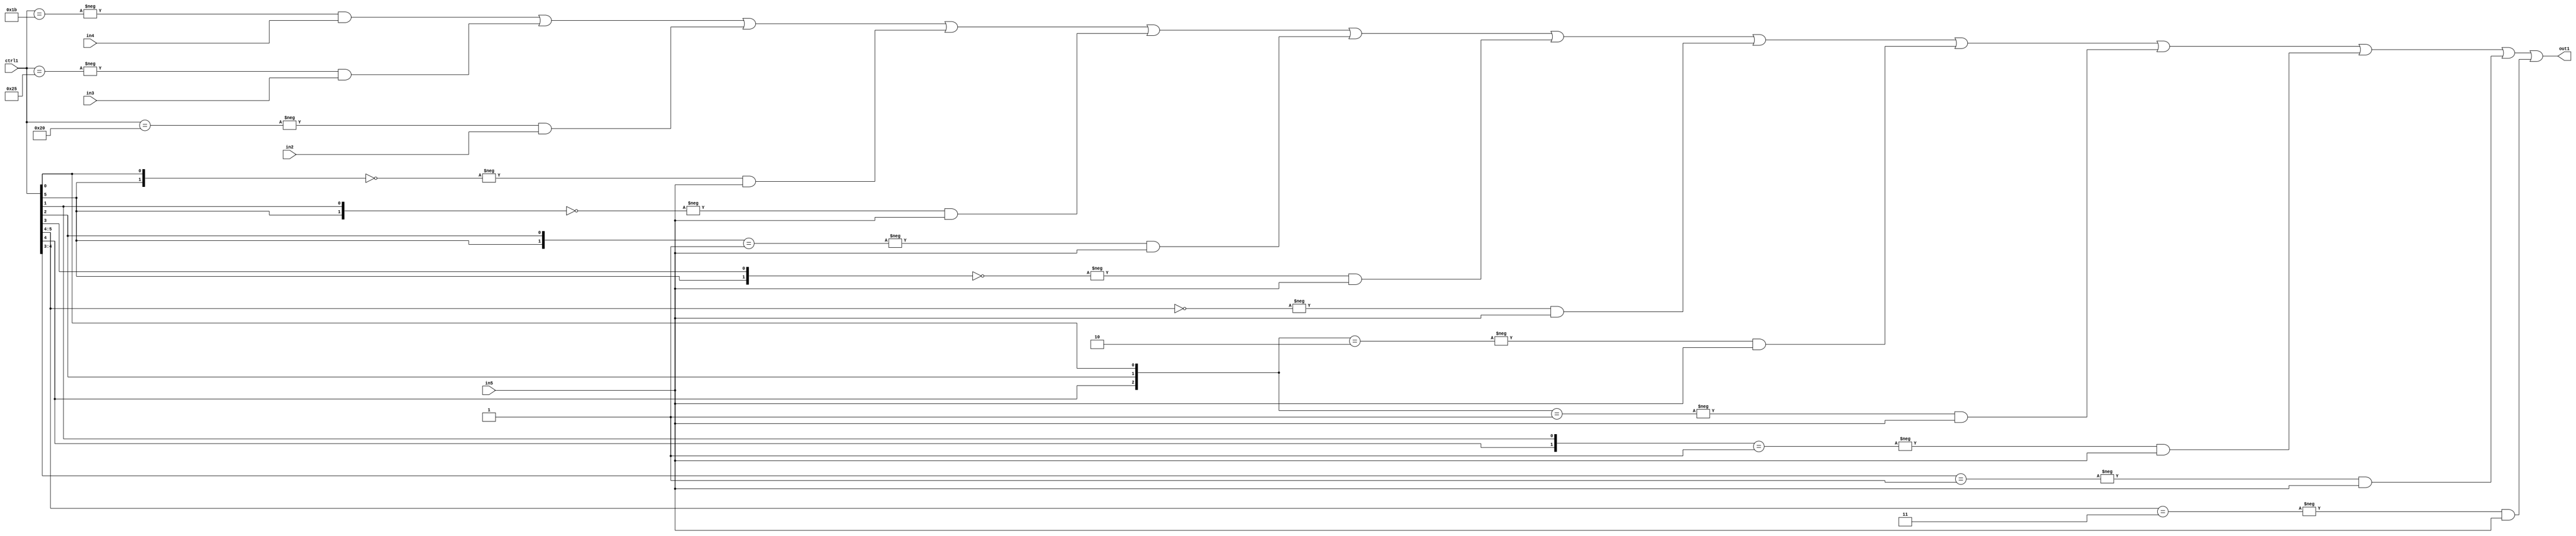
`timescale 1ps / 1ps
/*****************************************************************************
    Verilog RTL Description
    
    
    Created by: Stratus DpOpt 21.05.01 
*******************************************************************************/

module SobelFilter_N_Mux_32_4_59_1 (
	in5,
	in4,
	in3,
	in2,
	ctrl1,
	out1
	); /* architecture "behavioural" */ 
input [31:0] in5;
input [8:0] in4,
	in3,
	in2;
input [5:0] ctrl1;
output [31:0] out1;
wire [31:0] asc001;

assign asc001 = 
	-{ctrl1 == 6'B011011} & in4 |
	-{ctrl1 == 6'B100101} & in3 |
	-{ctrl1 == 6'B100000} & in2 |
	-{{ctrl1[5], ctrl1[0]} == 2'B00} & in5 |
	-{{ctrl1[5], ctrl1[1]} == 2'B00} & in5 |
	-{{ctrl1[5], ctrl1[2]} == 2'B01} & in5 |
	-{{ctrl1[5], ctrl1[3]} == 2'B00} & in5 |
	-{ctrl1[5:4] == 2'B00} & in5 |
	-{{ctrl1[4], ctrl1[2], ctrl1[0]} == 3'B010} & in5 |
	-{{ctrl1[4], ctrl1[2], ctrl1[0]} == 3'B001} & in5 |
	-{{ctrl1[4], ctrl1[1]} == 2'B01} & in5 |
	-{ctrl1[4:3] == 2'B01} & in5 |
	-{ctrl1[5:4] == 2'B11} & in5 ;

assign out1 = asc001;
endmodule

/* CADENCE  vLD1Sg4= : u9/ySxbfrwZIxEzHVQQV8Q== ** DO NOT EDIT THIS LINE ******/